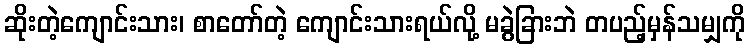
ဆိုးတဲ့ကျောင်းသား၊ စာတော်တဲ့ ကျောင်းသားရယ်လို့ မခွဲခြားဘဲ တပည့်မှန်သမျှကို